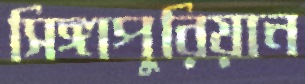
সিঙ্গাপুরিয়ান